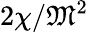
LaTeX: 2\chi/{\mathfrak{M}}^{2}